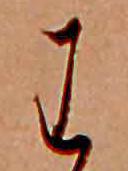
わ